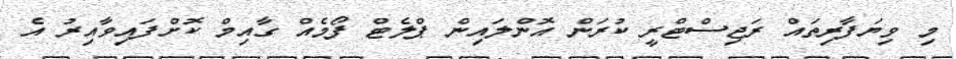
މި ވިޔަފާރިތައް ރަޖިސްޓްރީ ކުރަން އޮންލައިން ޕްލެޓް ފޯމެއް ގާއިމް ކޮށްފައިވާއިރު އެ